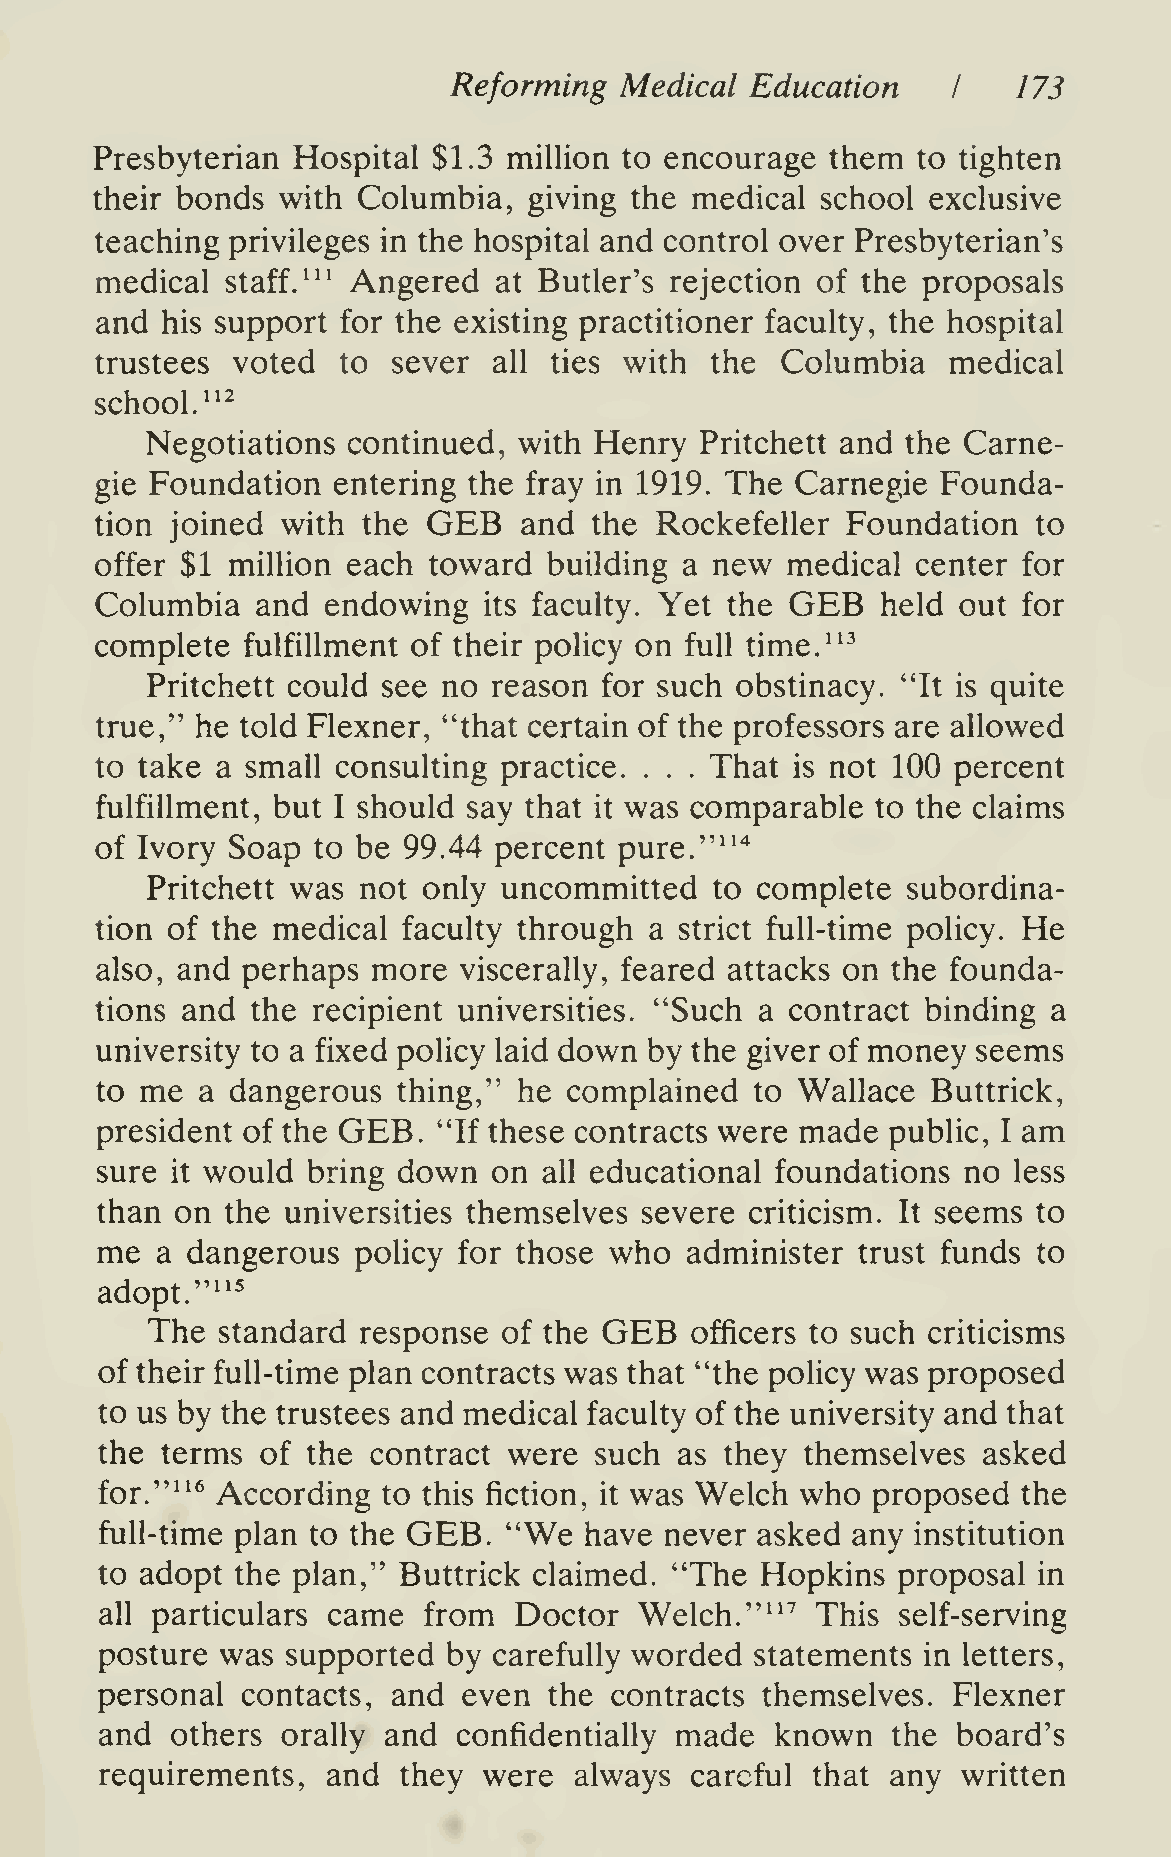
Reforming  Medical  Education        173
 I
 Presbyterian Hospital  $1.3 million to encourage them  to tighten
 their bonds with  Columbia,  giving the medical school  exclusive
 teaching privileges in the hospital and control over Presbyterian's
 medical  staff/" Angered   at Butler's rejection of the proposals
 and  his support for the existing practitioner faculty, the hospital
 trustees voted  to  sever  all ties with the  Columbia   medical
 school."^
 Negotiations continued, with Henry  Pritchett and the Carne-
 gie Foundation  entering the fray in 1919. The Carnegie Founda-
 GEB
 tion joined  with the       and  the Rockefeller  Foundation   to
 offer $1 million each toward  building a new  medical  center for
 GEB
 Columbia   and endowing   its faculty. Yet the      held out  for
 complete  fulfillment of their policy on full time."^
 Pritchett could see no reason for such obstinacy. "It is quite
 true," he told Flexner, "that certain of the professors are allowed
 to take a small consulting practice.     That  is not 100 percent
 . . .
 fulfillment, but I should say that it was comparable to the claims
 of Ivory Soap  to be 99.44 percent pure."""*
 Pritchett was not only uncommitted   to complete  subordina-
 tion of the medical  faculty through a strict full-time policy. He
 also, and perhaps  more viscerally, feared attacks on the founda-
 tions and  the recipient universities. "Such a contract binding a
 university to a fixed policy laid down by the giver of money seems
 to me  a dangerous  thing," he  complained  to Wallace  Buttrick,
 president of the GEB.  "If these contracts were made public, I am
 sure it would bring down   on all educational foundations no less
 than  on the universities themselves severe criticism. It seems to
 me  a dangerous  poHcy  for those who  administer  trust funds to
 ""^
 adopt.
 GEB
 The standard  response of the       officers to such criticisms
 of their full-time plan contracts was that "the policy was proposed
 to us by the trustees and medical faculty of the university and that
 the terms of the  contract were such  as they themselves  asked
 for.""^ According to this fiction, it was Welch who proposed the
 full-time plan to the GEB. "We  have never asked any  institution
 to adopt the plan," Buttrick claimed. "The Hopkins  proposal  in
 all particulars came from  Doctor  Welch.""''  This self-serving
 posture  was supported  by carefully worded statements in letters,
 personal  contacts, and  even the contracts themselves.  Flexner
 and others  orally and confidentially made  known   the board's
 requirements,  and they  were  always  careful that any  written